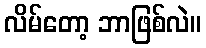
လိမ်တော့ ဘာဖြစ်လဲ။